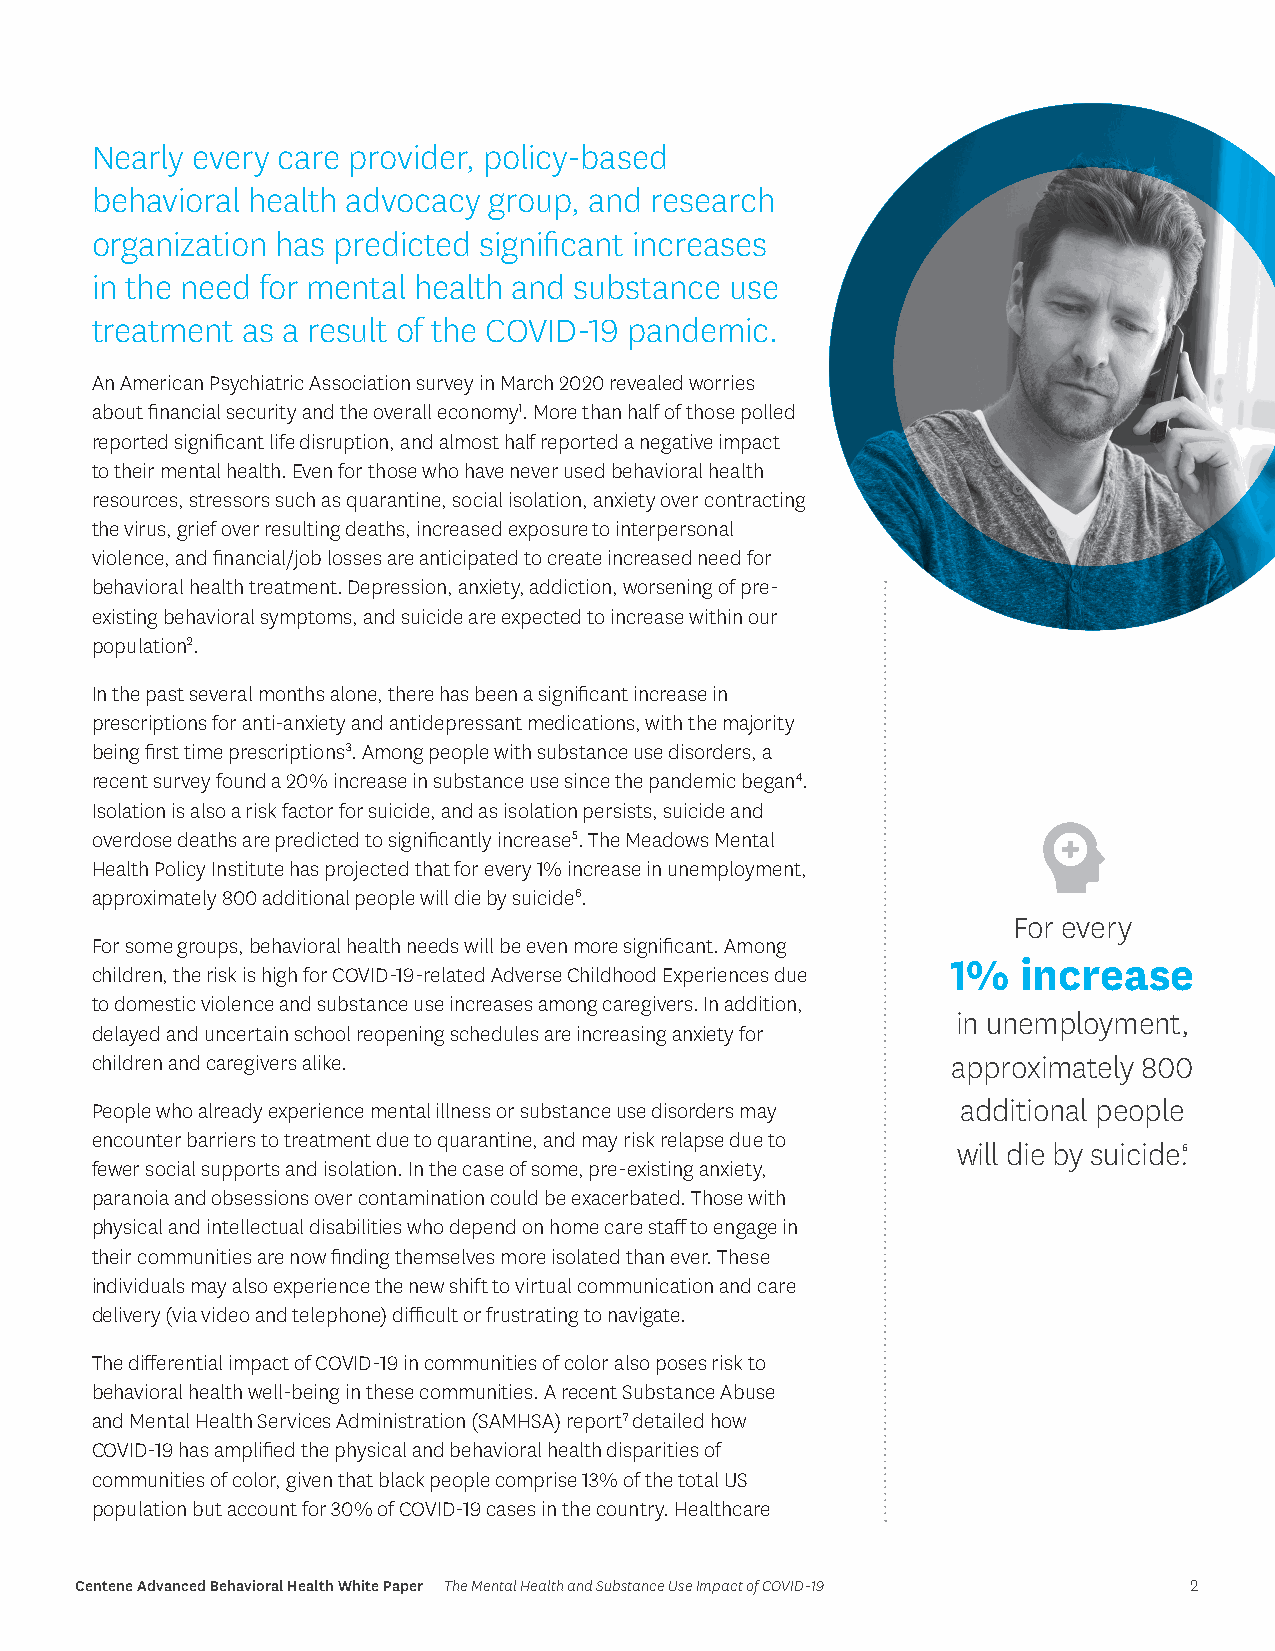
Nearly every care provider, policy-based
 behavioral health advocacy group, and research
 organization has predicted significant increases
 in the need for mental health and substance use
 treatment as a result of the COVID-19 pandemic.
 An American Psychiatric Association survey in March 2020 revealed worries
 about financial security and the overall economy1. More than half of those polled
 reported significant life disruption, and almost half reported a negative impact
 to their mental health. Even for those who have never used behavioral health
 resources, stressors such as quarantine, social isolation, anxiety over contracting
 the virus, grief over resulting deaths, increased exposure to interpersonal
 violence, and financial/job losses are anticipated to create increased need for
 behavioral health treatment. Depression, anxiety, addiction, worsening of pre-
 existing behavioral symptoms, and suicide are expected to increase within our
 population2.
 In the past several months alone, there has been a significant increase in
 prescriptions for anti-anxiety and antidepressant medications, with the majority
 being first time prescriptions3. Among people with substance use disorders, a
 recent survey found a 20% increase in substance use since the pandemic began4.
 Isolation is also a risk factor for suicide, and as isolation persists, suicide and
 overdose deaths are predicted to significantly increase5. The Meadows Mental
 Health Policy Institute has projected that for every 1% increase in unemployment,
 approximately 800 additional people will die by suicide6.
 For every
 For some groups, behavioral health needs will be even more significant. Among
 1%   increase
 children, the risk is high for COVID-19-related Adverse Childhood Experiences due
 to domestic violence and substance use increases among caregivers. In addition,
 in unemployment,
 delayed and uncertain school reopening schedules are increasing anxiety for
 children and caregivers alike.                           approximately 800
 People who already experience mental illness or substance use disorders may additional people
 encounter barriers to treatment due to quarantine, and may risk relapse due to
 will die by suicide.6
 fewer social supports and isolation. In the case of some, pre-existing anxiety,
 paranoia and obsessions over contamination could be exacerbated. Those with
 physical and intellectual disabilities who depend on home care staff to engage in
 their communities are now finding themselves more isolated than ever. These
 individuals may also experience the new shift to virtual communication and care
 delivery (via video and telephone) difficult or frustrating to navigate.
 The differential impact of COVID-19 in communities of color also poses risk to
 behavioral health well-being in these communities. A recent Substance Abuse
 and Mental Health Services Administration (SAMHSA) report7 detailed how
 COVID-19 has amplified the physical and behavioral health disparities of
 communities of color, given that black people comprise 13% of the total US
 population but account for 30% of COVID-19 cases in the country. Healthcare
 Centene Advanced Behavioral Health White Paper The Mental Health and Substance Use Impact of COVID-19 2